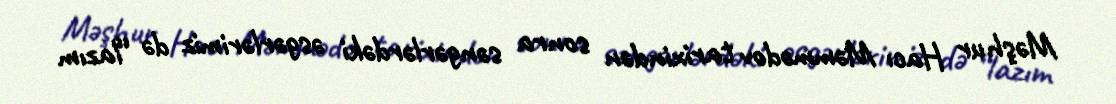
Məşhur Hacı Məmmədov tarixindən sonra səngərlərdəki əsgərlərimiz də “lazım